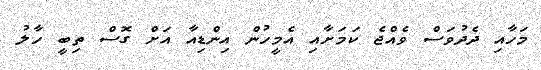
މަހާއި ދެދުވަސް ވެއްޖެ ކަމަށާއި އެމީހުން އިންޑިއާ އަށް ގޮސް ތިބީ ހާލު